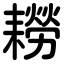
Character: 耮